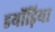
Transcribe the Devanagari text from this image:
डयोंड़िया